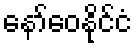
နော်ဝေနိုင်ငံ